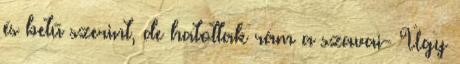
és betű szerint, de hatottak rám a szavai- Úgy